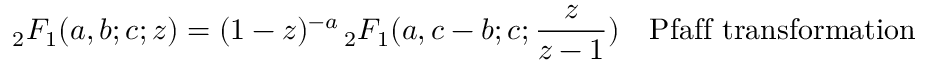
{ } _ { 2 } F _ { 1 } ( a , b ; c ; z ) = ( 1 - z ) ^ { - a } \, { } _ { 2 } F _ { 1 } ( a , c - b ; c ; { \frac { z } { z - 1 } } ) \ \ \ { \mathrm { P f a f f ~ t r a n s f o r m a t i o n } }